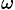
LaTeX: _\omega